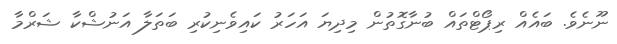
ނޫނެވެ. ބައެއް ރިޕޯޓްތައް ބުނާގޮތުން މިދިޔަ އަހަރު ކައިވެނިކުރި ބަތަލާ އަނުޝްކާ ޝަރްމާ